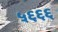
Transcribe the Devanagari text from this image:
५६६६